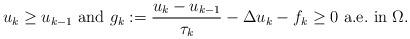
LaTeX: \begin{align*} u_k \geq u_{k-1} \mbox{ and } g_k := \dfrac{u_k - u_{k-1}}{\tau_k} - \Delta u_k - f_k \geq 0 \mbox{ a.e.~in } \Omega. \end{align*}